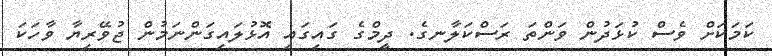
ކަމަކަށް ވެސް ކުޅަދުން ވަންތަ ރަސްކަލާނގެ. ދީމްގެ ގައިގައި އޮޅުލައިގަންނަމުން ޖުވޭރިޔާ ވާހަކަ